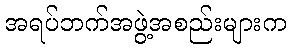
အရပ်ဘက်အဖွဲ့အစည်းများက